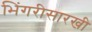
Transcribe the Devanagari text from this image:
भिंगरीसारखी